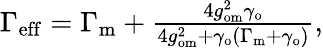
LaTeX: \begin{array}{r}{\Gamma_{\mathrm{eff}}=\Gamma_{\mathrm{m}}+\frac{4g_{\mathrm{om}}^{2}\gamma_{\mathrm{o}}}{4g_{\mathrm{om}}^{2}+\gamma_{\mathrm{o}}(\Gamma_{\mathrm{m}}+\gamma_{\mathrm{o}})},}\end{array}